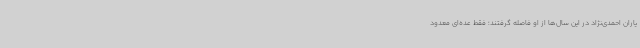
یاران احمدی‌نژاد در این سال‌ها از او فاصله گرفتند؛ فقط عده‌ای معدود